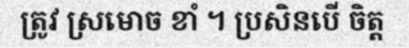
ត្រូវ ស្រមោច ខាំ ។ ប្រសិនបើ ចិត្ត